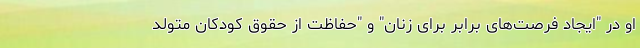
او در "ایجاد فرصت‌های برابر برای زنان" و "حفاظت از حقوق کودکان متولد